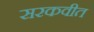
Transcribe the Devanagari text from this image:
सरकवीत